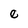
Character: e